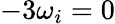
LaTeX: -3\omega_{i}=0